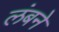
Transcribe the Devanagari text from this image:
लंबने